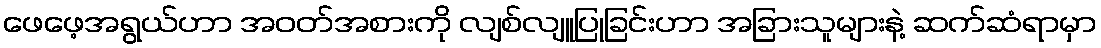
ဖေဖေ့အရွယ်ဟာ အဝတ်အစားကို လျစ်လျူပြုခြင်းဟာ အခြားသူများနဲ့ ဆက်ဆံရာမှာ